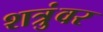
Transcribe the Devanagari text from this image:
शत्रुंवर